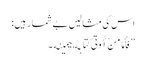
اس کی مثالیں بے شمار ہیں:
’’فَأَمَّا مَنْ أُوتِیَ کِتَابَهُ بِیَمِینِهِ ۔